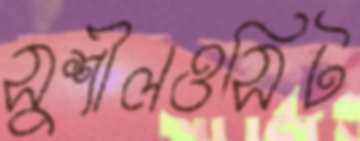
সুশীলওসিট